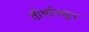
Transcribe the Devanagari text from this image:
तीर्थापसून